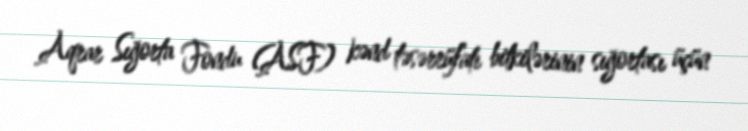
Aqrar Sığorta Fondu (ASF) kənd təsərrüfatı bitkilərinin sığortası üçün